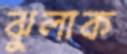
ঝুলাক